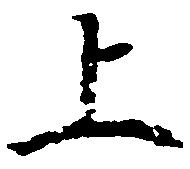
上